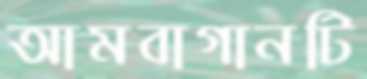
আমবাগানটি